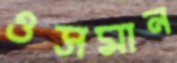
ওসমান